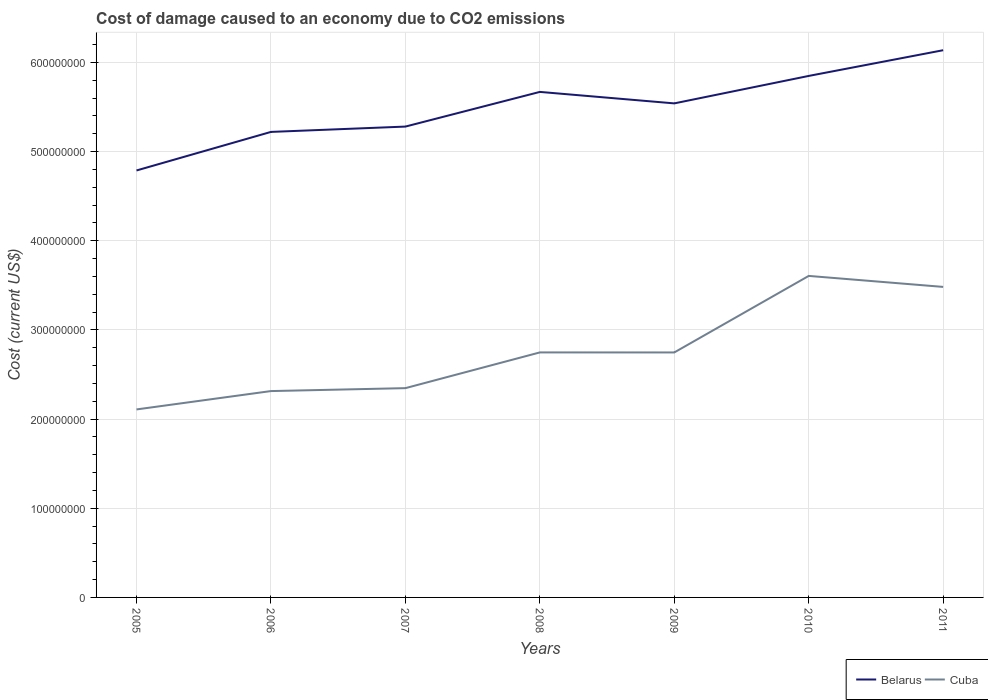
| Years | Belarus | Cuba |
 | --- | --- | --- |
 | 2005 | 4.79e+08 | 2.11e+08 |
 | 2006 | 5.22e+08 | 2.31e+08 |
 | 2007 | 5.28e+08 | 2.35e+08 |
 | 2008 | 5.67e+08 | 2.75e+08 |
 | 2009 | 5.54e+08 | 2.75e+08 |
 | 2010 | 5.85e+08 | 3.61e+08 |
 | 2011 | 6.14e+08 | 3.48e+08 |